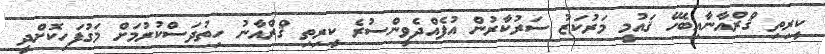
ކީރިތި ޤްރްއާނާއިބެހޭ ޤައުމީ މަރުކަޒު ސަރުކާރުން އުފެއްދެވީންސުރެ ކީރިތި ޤްރްއާނު ހިތުދަސްކުރުމަށް މަގުފަހިކޮށްދީ